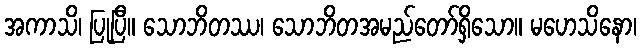
အကာသိ၊ ပြုပြီ။ သောဘိတဿ၊ သောဘိတအမည်တော်ရှိသော။ မဟေသိနော၊